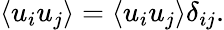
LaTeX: \langle u_{i}u_{j}\rangle=\langle u_{i}u_{j}\rangle\delta_{ij}.